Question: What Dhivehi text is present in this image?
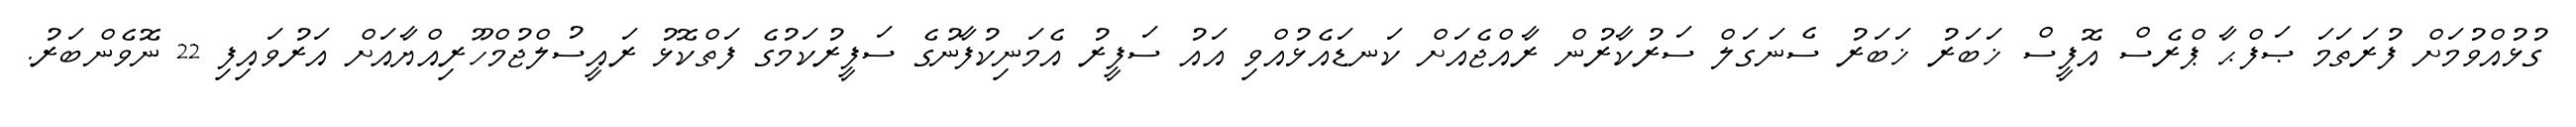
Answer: ގުޅުއްވުމަށް ފުރަތަމަ ޞަފްޙާ ޕްރެސް އޮފީސް ޚަބަރު ޚަބަރު ސެނަގަލް ސަރުކާރުން ރާއްޖެއަށް ކަނޑައެޅުއްވި އައު ސަފީރު އެމަނިކުފާނުގެ ސަފީރުކަމުގެ ފަތްކޮޅު ރައީސުލްޖުމްހޫރިއްޔާއަށް އަރުވައިފި 22 ނޮވެންބަރު.